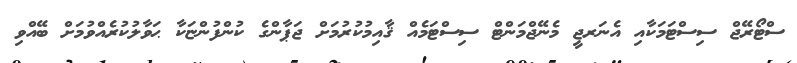
ސްޓޯރޭޖް ސިސްޓަމަކާއި އެނަރޖީ މެނޭޖްމަންޓް ސިސްޓަމެއް ޤާއިމުކުރުމަށް ޖަޕާންގެ ކުންފުންޏަކާ ޙަވާލުކުރެއްވުމަށް ބޭއްވި